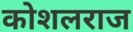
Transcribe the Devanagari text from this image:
कोशलराज